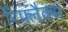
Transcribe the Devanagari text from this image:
रिफ्लैक्स